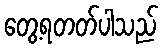
တွေ့ရတတ်ပါသည်